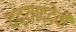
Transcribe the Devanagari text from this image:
दद्याद्देवी